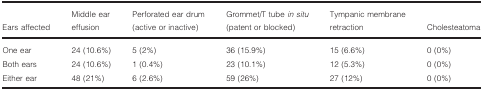
<table><thead><tr><td><b>Ears affected</b></td><td><b>Middle ear effusion</b></td><td><b>Perforated ear drum (active or inactive)</b></td><td><b>Grommet/T tube <i>in situ</i> (patent or blocked)</b></td><td><b>Tympanic membrane retraction</b></td><td><b>Cholesteatoma</b></td></tr></thead><tbody><tr><td>One ear</td><td>24 (10.6%)</td><td>5 (2%)</td><td>36 (15.9%)</td><td>15 (6.6%)</td><td>0 (0%)</td></tr><tr><td>Both ears</td><td>24 (10.6%)</td><td>1 (0.4%)</td><td>23 (10.1%)</td><td>12 (5.3%)</td><td>0 (0%)</td></tr><tr><td>Either ear</td><td>48 (21%)</td><td>6 (2.6%)</td><td>59 (26%)</td><td>27 (12%)</td><td>0 (0%)</td></tr></tbody></table>